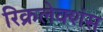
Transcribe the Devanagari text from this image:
रिक्रलेक्शंस